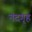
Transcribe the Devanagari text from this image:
नंदगृह